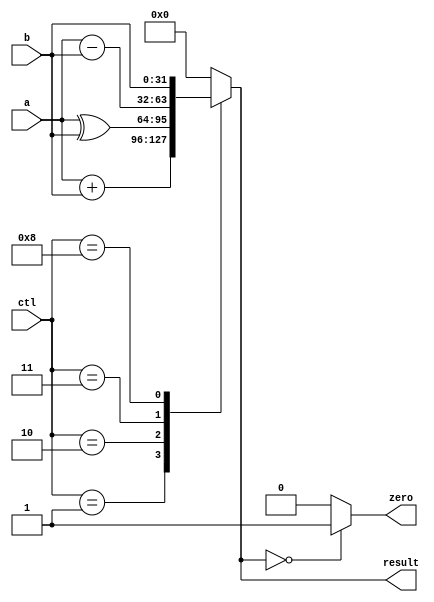

module alu(ctl, a, b, result, zero);
  input [3:0] ctl;
  input [31:0] a, b;
  output [31:0] result;
  output zero;

  reg [31:0] result;
  reg zero;

  always @(a or b or ctl)
  begin
    case (ctl)
      4'b0001 : result = a + b; // ADD
	  4'b0010 : result = a ^ b; // XOR
	  4'b0011 : result = a - b; // SUB - BEQ
	  4'b1000 : result = b;     // MOV	      
      default : result = 32'd0;
   endcase
   if (result == 32'd0) zero = 1;
   else zero = 0;
 end
endmodule